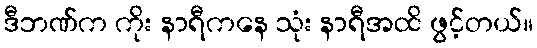
ဒီဘဏ်က ကိုး နာရီကနေ သုံး နာရီအထိ ဖွင့်တယ်။